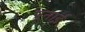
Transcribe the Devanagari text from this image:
पूनाई